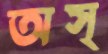
অস্